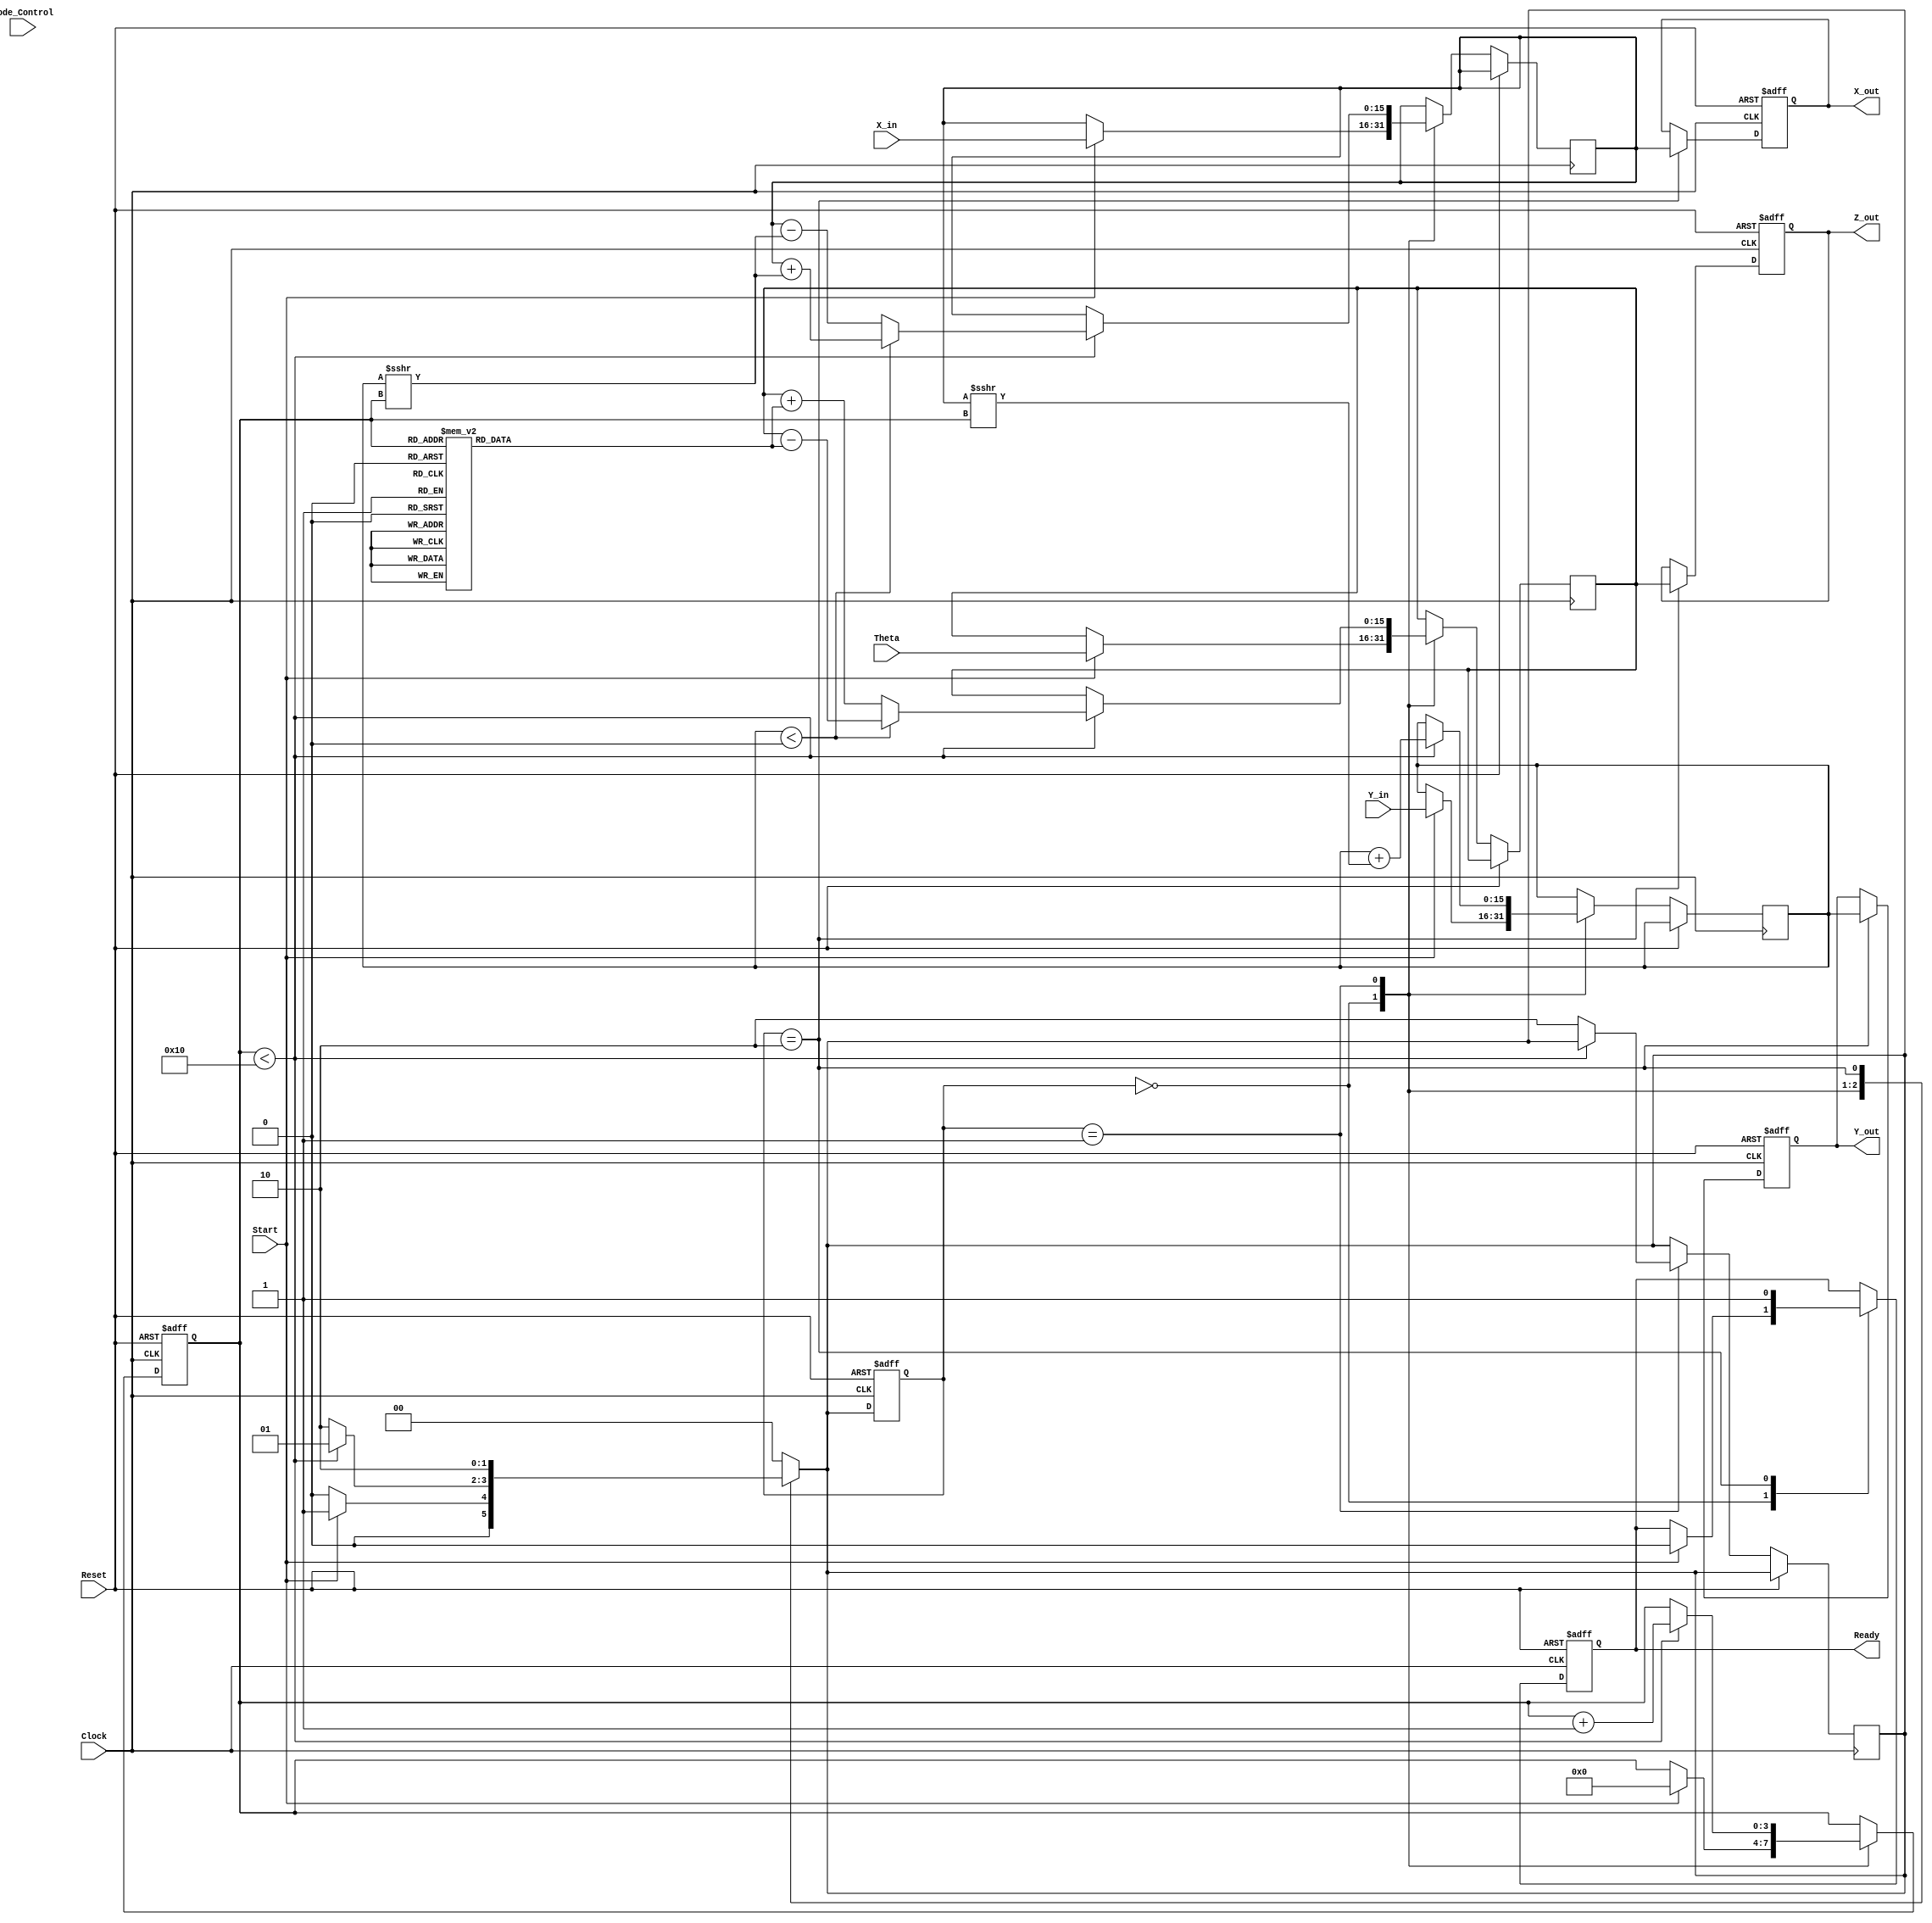
module cordic_2d (
    input  wire signed [15:0] X_in,      // Input X coordinate
    input  wire signed [15:0] Y_in,      // Input Y coordinate
    input  wire signed [15:0] Theta,      // Angle input
    input  wire Mode_Control,             // Mode control signal
    input  wire Start,                     // Start signal
    input  wire Clock,                     // Clock signal
    input  wire Reset,                     // Asynchronous reset
    output reg signed [15:0] X_out,       // Output X coordinate
    output reg signed [15:0] Y_out,       // Output Y coordinate
    output reg signed [15:0] Z_out,       // Resulting angle or output
    output reg Ready                       // Completion signal
);
    
    // Parameters
    parameter NUM_ITERATIONS = 16; // Number of iterations for CORDIC
    parameter SHIFT_AMOUNT = 1;     // Amount of shift for each iteration
    
    // Internal signals
    reg signed [15:0] X_reg, Y_reg; // Internal registers for X and Y
    reg signed [15:0] Z_reg;         // Internal register for angle
    reg [3:0] iteration_counter;     // Iteration counter
    reg [1:0] state;                 // State variable for FSM
    reg [1:0] next_state;            // Next state variable for FSM

    // Look-Up Table for arctangent values (fixed-point representation)
    reg signed [15:0] atan_lut [0:NUM_ITERATIONS-1];
    
    // Initialize Look-Up Table
    initial begin
        atan_lut[0] = 16'h3F2A; // atan(2^-0) in fixed-point
        atan_lut[1] = 16'h3F12; // atan(2^-1)
        atan_lut[2] = 16'h3EFB; // atan(2^-2)
        // Continue filling the LUT for the rest of the iterations...
    end

    // State encoding
    localparam IDLE = 2'b00;
    localparam COMPUTE = 2'b01;
    localparam DONE = 2'b10;

    // FSM for control logic
    always @(posedge Clock or posedge Reset) begin
        if (Reset) begin
            state <= IDLE;
            iteration_counter <= 0;
            Ready <= 0;
            X_out <= 0;
            Y_out <= 0;
            Z_out <= 0;
        end else begin
            state <= next_state;
            case (state)
                IDLE: begin
                    if (Start) begin
                        // Initialize
                        X_reg <= X_in;
                        Y_reg <= Y_in;
                        Z_reg <= Theta;
                        iteration_counter <= 0;
                        Ready <= 0;
                    end
                end
                COMPUTE: begin
                    if (iteration_counter < NUM_ITERATIONS) begin
                        // CORDIC iterative calculations
                        if (Y_reg < 0) begin
                            X_reg <= X_reg + (Y_reg >>> iteration_counter);
                            Y_reg <= Y_reg + (X_reg >>> iteration_counter);
                            Z_reg <= Z_reg - atan_lut[iteration_counter];
                        end else begin
                            X_reg <= X_reg - (Y_reg >>> iteration_counter);
                            Y_reg <= Y_reg + (X_reg >>> iteration_counter);
                            Z_reg <= Z_reg + atan_lut[iteration_counter];
                        end
                        iteration_counter <= iteration_counter + 1;
                    end else begin
                        next_state <= DONE; // Transition to DONE state
                    end
                end
                DONE: begin
                    // Output results
                    X_out <= X_reg;
                    Y_out <= Y_reg;
                    Z_out <= Z_reg;
                    Ready <= 1; // Indicate computation is complete
                end
            endcase
        end
    end

    // Next state logic
    always @(*) begin
        case (state)
            IDLE: next_state = (Start) ? COMPUTE : IDLE;
            COMPUTE: next_state = (iteration_counter < NUM_ITERATIONS) ? COMPUTE : DONE;
            DONE: next_state = DONE; // Stay in DONE state
            default: next_state = IDLE;
        endcase
    end

endmodule